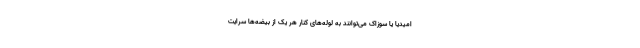
امیدیا یا سوزاک می‌توانند به لوله‌های کنار هر یک از بیضه‌ها سرایت